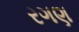
રગણ